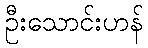
ဦးသောင်းဟန်